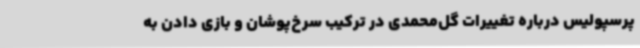
پرسپولیس درباره تغییرات گل‌محمدی در ترکیب سرخ‌پوشان و بازی دادن به